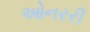
ઓનરરી